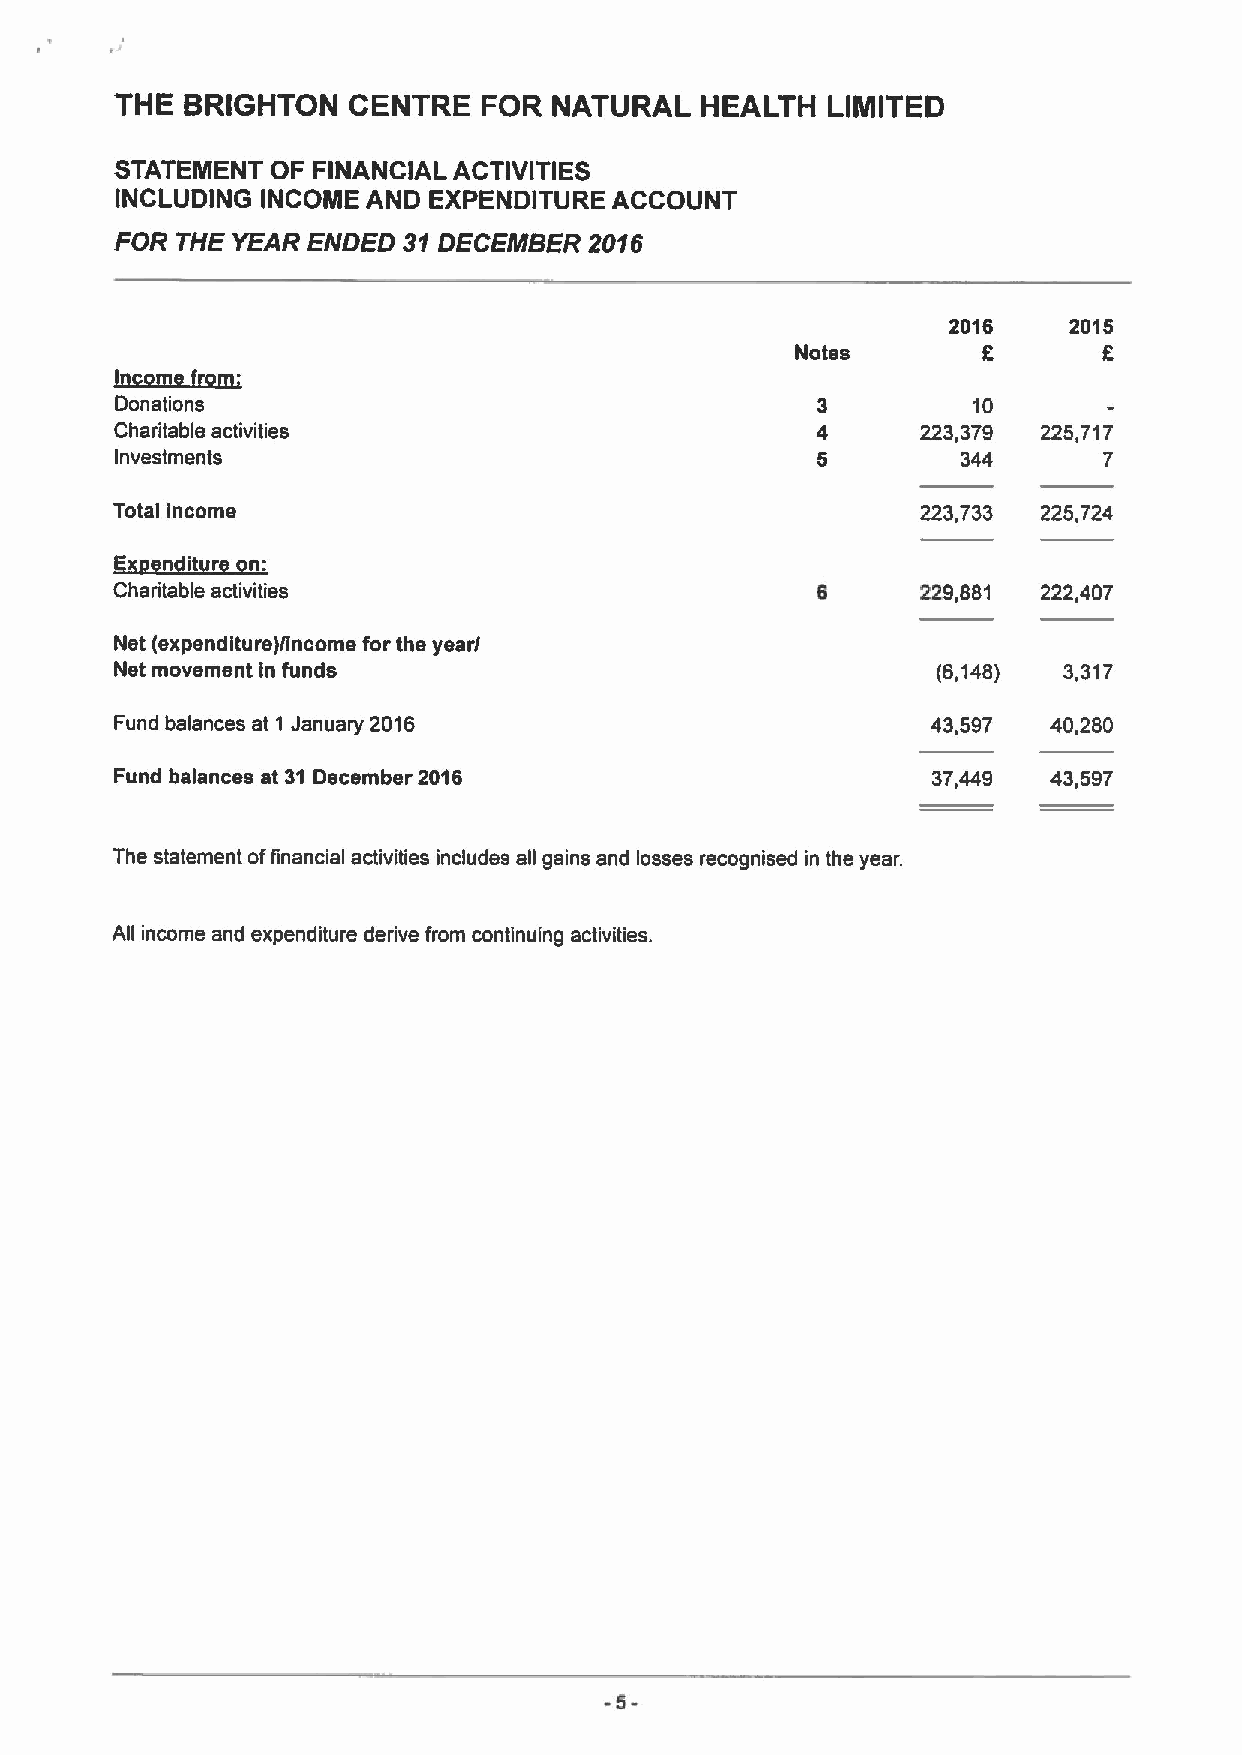
THE BRIGHTON   CENTRE   FOR  NATURAL  HEALTH   LIMITED
 STATEMENT OF FINANCIAL ACTIVITIES
 INCLUDING INCOME AND EXPENDITURE ACCOUNT
 FOR THE YEAR ENDED 31DECEMBER  2016
 2016    2015
 Notes       E       E
 IttggmtLIfgm;
 Donations                                               10
 Charitable activities                                223,379 225,717
 Investments                                             344      7
 Total income                                          223,733 225,724
 gzp~nit riirm
 Charitable activities                          6      229,881 222,407
 Net (expenditure)/income for the year/
 Net movement in funds                                 (6,148) 3,317
 Fund balances at 1 January 2016                       43,597  40,280
 Fund balances at 31 December 2016                     37,449  43,597
 The statement offinancial activities includes ag gains and losses recognised in the year.
 A6 income and expenditure derive from continuing activities.
 -5-